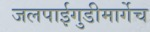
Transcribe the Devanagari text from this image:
जलपाईगुडीमार्गेच